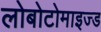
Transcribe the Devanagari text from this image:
लोबोटोमाइज्ड